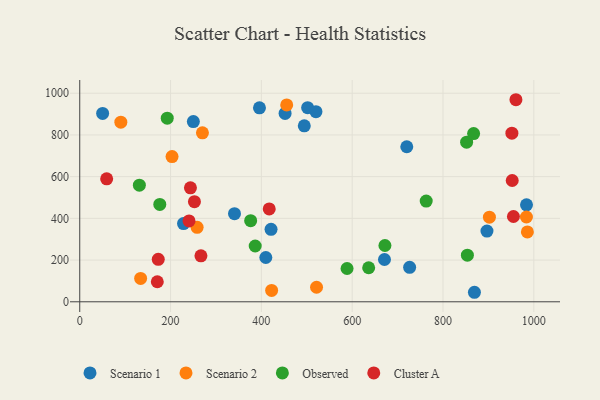
{"axis": {"x": "Experience", "y": "Demand"}, "legend": ["Cluster A", "Observed", "Scenario 1", "Scenario 2"], "data": [{"x": "720.2", "y": 743.3, "type": "Scenario 1"}, {"x": "409.8", "y": 212.4, "type": "Scenario 1"}, {"x": "395.8", "y": 930.0, "type": "Scenario 1"}, {"x": "501.9", "y": 930.8, "type": "Scenario 1"}, {"x": "869.2", "y": 45.6, "type": "Scenario 1"}, {"x": "228.5", "y": 374.8, "type": "Scenario 1"}, {"x": "726.5", "y": 165.4, "type": "Scenario 1"}, {"x": "983.9", "y": 464.9, "type": "Scenario 1"}, {"x": "671.1", "y": 202.8, "type": "Scenario 1"}, {"x": "250.2", "y": 864.1, "type": "Scenario 1"}, {"x": "452.2", "y": 903.3, "type": "Scenario 1"}, {"x": "50.4", "y": 902.9, "type": "Scenario 1"}, {"x": "421.3", "y": 347.4, "type": "Scenario 1"}, {"x": "520.2", "y": 911.3, "type": "Scenario 1"}, {"x": "340.8", "y": 422.6, "type": "Scenario 1"}, {"x": "494.5", "y": 843.8, "type": "Scenario 1"}, {"x": "896.8", "y": 339.0, "type": "Scenario 1"}, {"x": "203.3", "y": 696.0, "type": "Scenario 2"}, {"x": "422.6", "y": 54.4, "type": "Scenario 2"}, {"x": "90.5", "y": 861.4, "type": "Scenario 2"}, {"x": "455.8", "y": 943.7, "type": "Scenario 2"}, {"x": "270.2", "y": 809.9, "type": "Scenario 2"}, {"x": "521.5", "y": 69.8, "type": "Scenario 2"}, {"x": "258.5", "y": 357.0, "type": "Scenario 2"}, {"x": "134.1", "y": 112.0, "type": "Scenario 2"}, {"x": "985.8", "y": 334.8, "type": "Scenario 2"}, {"x": "902.2", "y": 405.8, "type": "Scenario 2"}, {"x": "983.7", "y": 406.5, "type": "Scenario 2"}, {"x": "636.3", "y": 163.2, "type": "Observed"}, {"x": "192.7", "y": 880.2, "type": "Observed"}, {"x": "853.7", "y": 223.4, "type": "Observed"}, {"x": "763.0", "y": 482.8, "type": "Observed"}, {"x": "852.0", "y": 765.3, "type": "Observed"}, {"x": "376.4", "y": 389.1, "type": "Observed"}, {"x": "176.3", "y": 466.8, "type": "Observed"}, {"x": "672.1", "y": 269.9, "type": "Observed"}, {"x": "867.4", "y": 806.3, "type": "Observed"}, {"x": "386.4", "y": 267.5, "type": "Observed"}, {"x": "131.3", "y": 559.1, "type": "Observed"}, {"x": "588.7", "y": 159.7, "type": "Observed"}, {"x": "417.3", "y": 445.2, "type": "Cluster A"}, {"x": "243.8", "y": 546.6, "type": "Cluster A"}, {"x": "252.6", "y": 479.9, "type": "Cluster A"}, {"x": "266.9", "y": 220.3, "type": "Cluster A"}, {"x": "951.7", "y": 808.3, "type": "Cluster A"}, {"x": "960.6", "y": 968.8, "type": "Cluster A"}, {"x": "170.8", "y": 96.0, "type": "Cluster A"}, {"x": "955.1", "y": 408.8, "type": "Cluster A"}, {"x": "172.9", "y": 203.4, "type": "Cluster A"}, {"x": "952.4", "y": 581.4, "type": "Cluster A"}, {"x": "59.3", "y": 589.7, "type": "Cluster A"}, {"x": "240.7", "y": 387.9, "type": "Cluster A"}]}